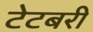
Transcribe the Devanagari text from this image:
टेटबरी